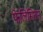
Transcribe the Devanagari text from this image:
फेलिसितस्